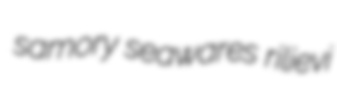
samory seawares rilievi